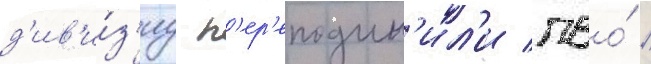
д'ив'и́з'иу п'ер'еподчин'ил'и пво́ /